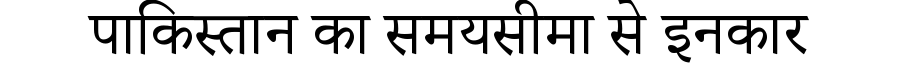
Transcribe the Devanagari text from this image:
पाकिस्तान का समयसीमा से इनकार